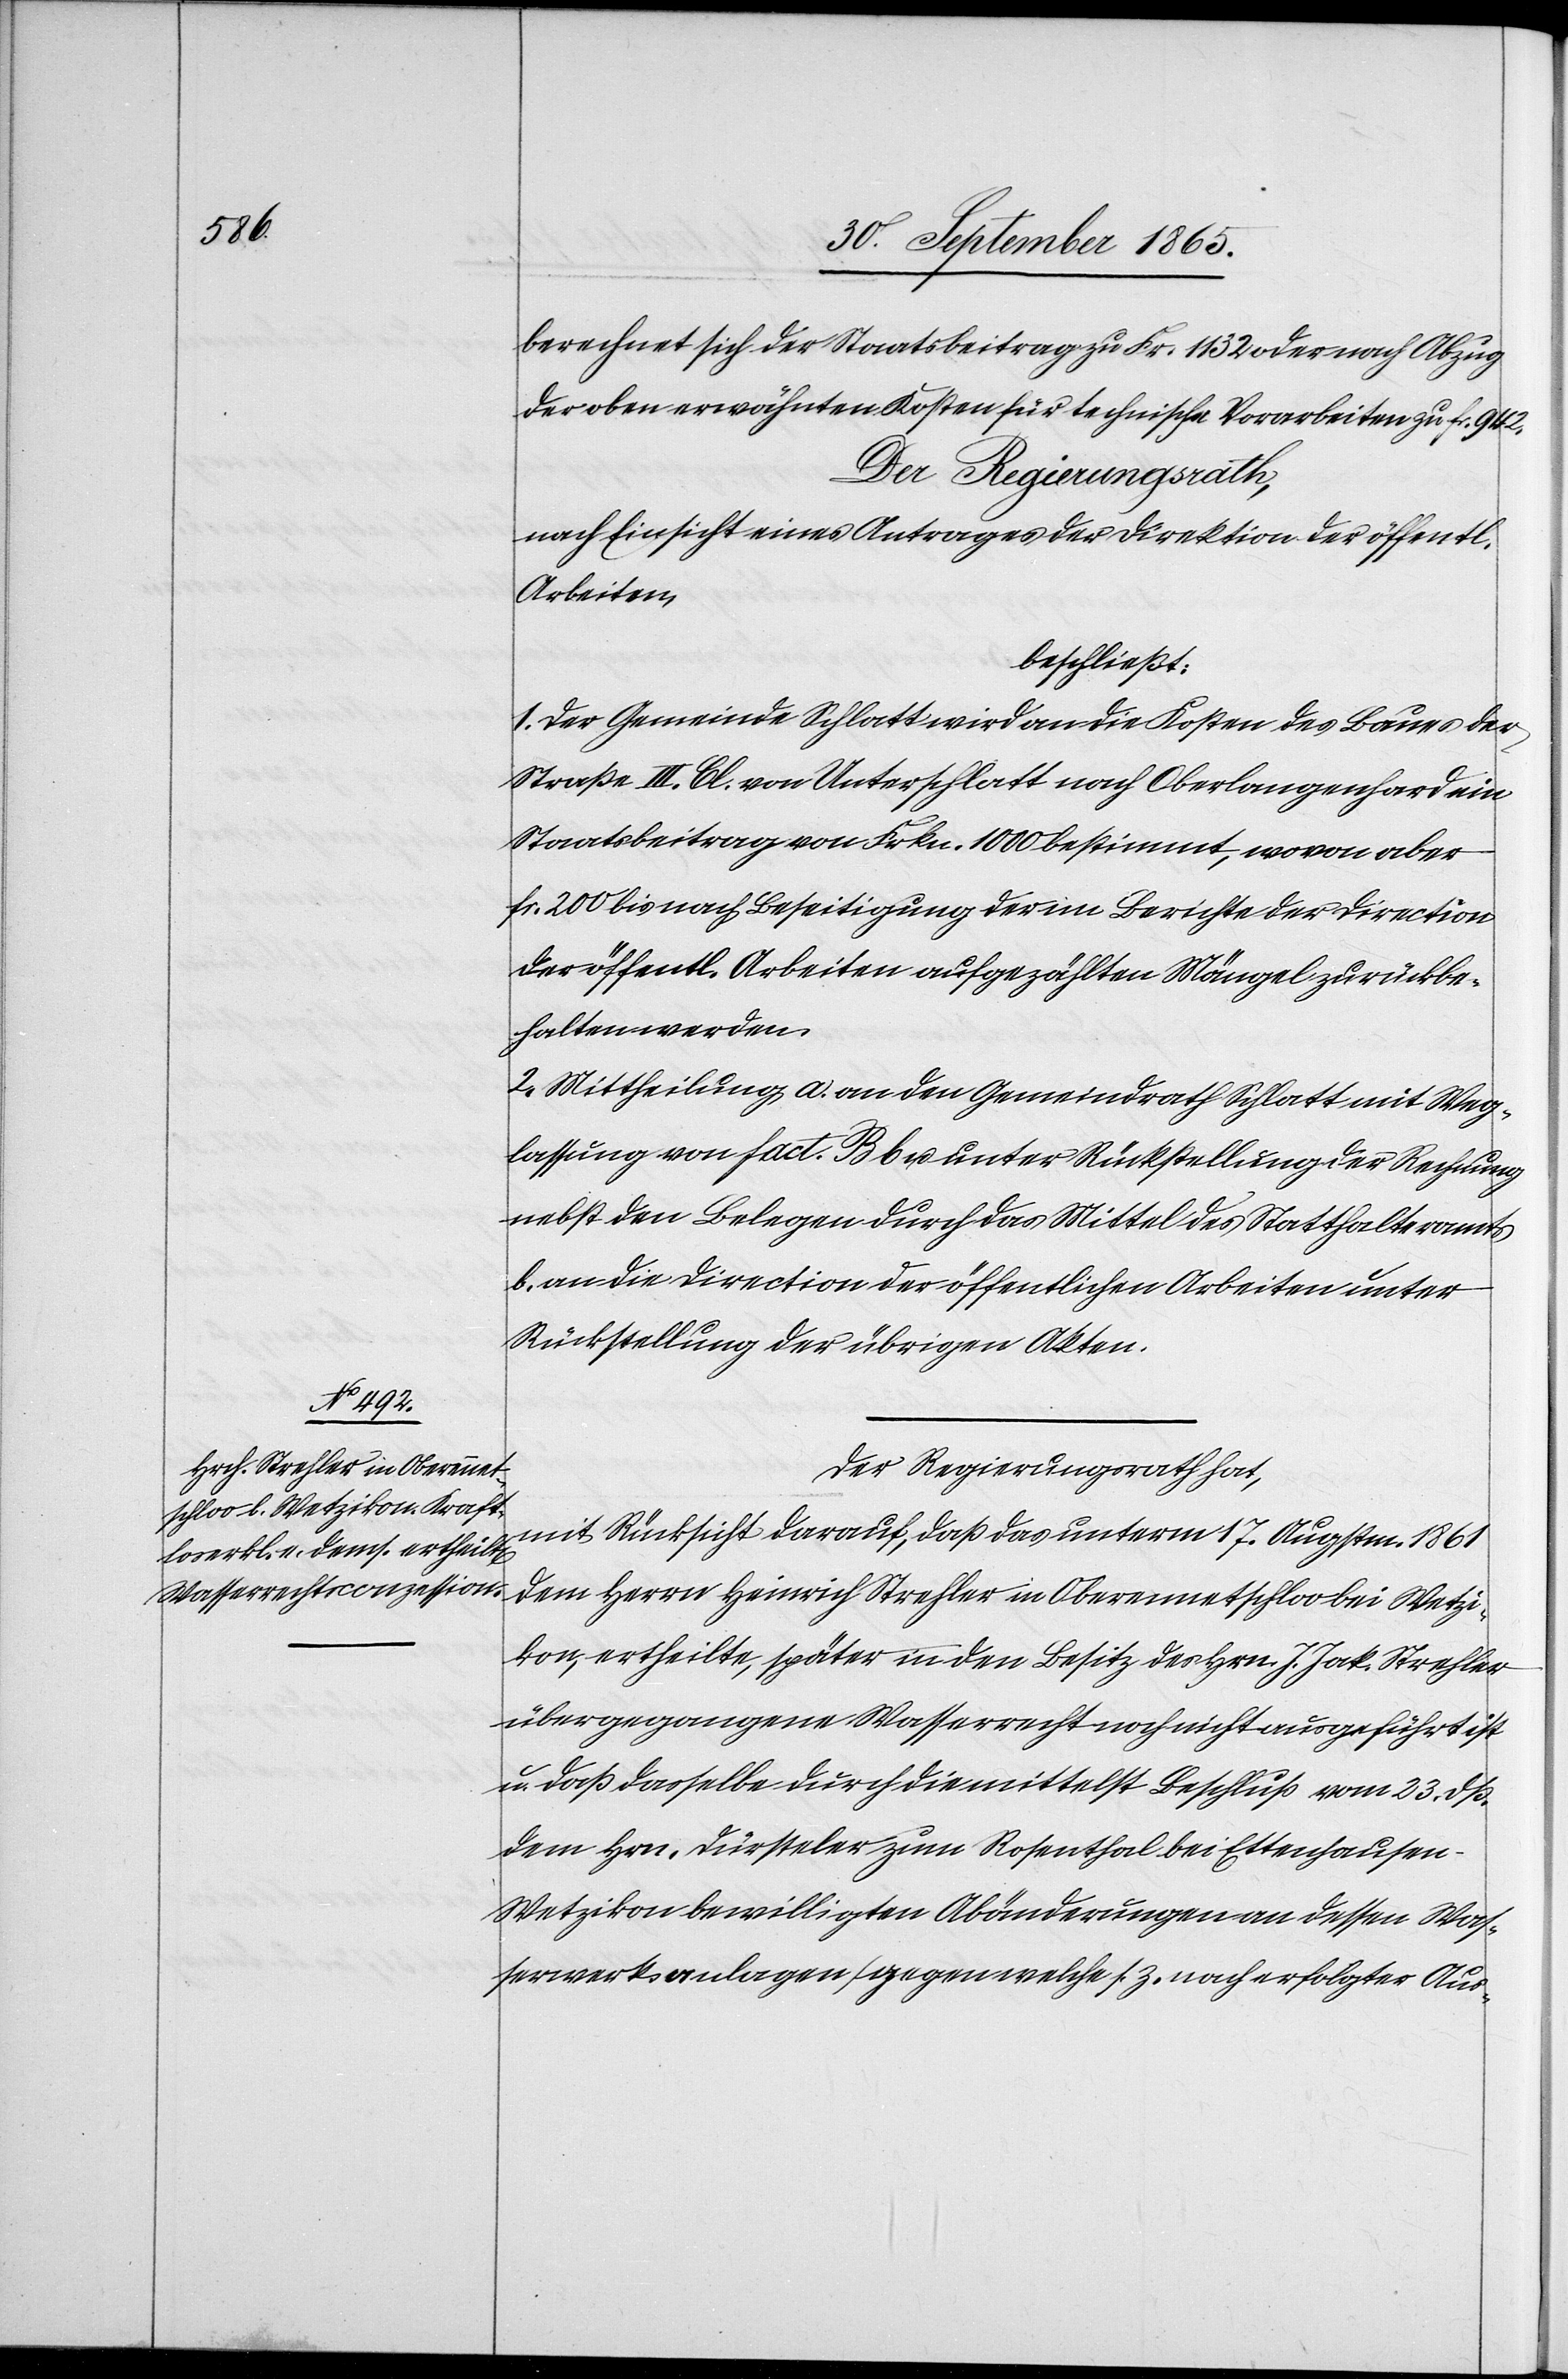
berechnet sich der Staatsbeitrag zu Fr. 1132 oder nach Abzug
der oben erwähnten Kosten für technische Vorarbeiten zu fr. 942.
Der Regierungsrath,
nach Einsicht eines Antrages der Direktion der öffentl.
Arbeiten,
beschließt:
1. Der Gemeinde Schlatt wird an die Kosten des Baues der
Straße III. Cl. von Unterschlatt nach Oberlangenhard ein
Staatsbeitrag von Frkn. 1000 bestimmt, wovon aber
fr. 200 bis nach Beseitigung der im Berichte der Direction
der öffentl. Arbeiten aufgezählten Mängel zurückbe¬
halten werden.
2. Mittheilung a. an den Gemeindrath Schlatt mit Weg¬
lassung von fact. B b u. unter Rückstellung der Rechnung
nebst den Belegen durch das Mittel des Statthalteramts
b. an die Direction der öffentlichen Arbeiten unter
Rückstellung der übrigen Akten.
Der Regierungsrath hat,
mit Rücksicht darauf, daß das unterm 17. Augstm. 1861
dem Herrn Heinrich Strehler in Oberennetschloo bei Wetzi¬
kon, ertheilte, später in den Besitz des Hrn. J. Jak. Strehler
übergegangene Wasserrecht noch nicht ausgeführt ist
u. daß dasselbe durch die mittelst Beschluß vom 23. dß.
dem Hrn. Dürsteler zum Rosenthal bei Ettenhausen-W¬
etzikon bewilligten Abänderungen an dessen Was¬
serwerkanlagen (gegen welche s. Z. nach erfolgter Aus-